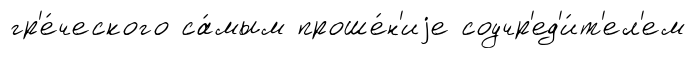
гр'е́ческого са́мым проше́н'иjе соучр'ед'и́т'ел'ем